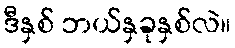
ဒီနှစ် ဘယ်နှခုနှစ်လဲ။